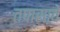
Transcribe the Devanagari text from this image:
तपासावे